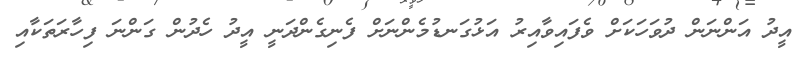
އީދު އަންނަން ދުވަހަކަށް ވެފައިވާއިރު އަޅުގަނޑުމެންނަށް ފެނިގެންދަނީ އީދު ހެދުން ގަންނަ ފިހާރަތަކާއި